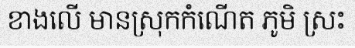
ខាងលើ មានស្រុកកំណើត ភូមិ ស្រះ